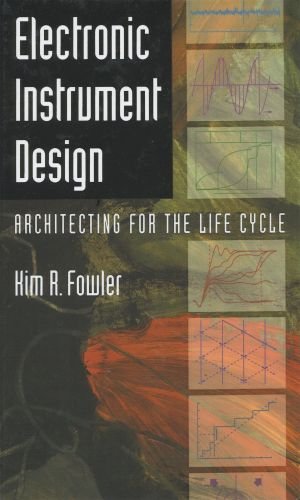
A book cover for Electronic Instrument Design: Architecting for the Life Cycle; Kim R. Fowler; Science & Math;